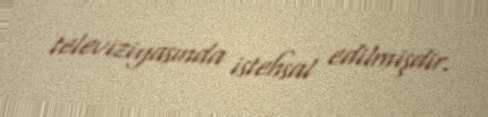
televiziyasında istehsal edilmişdir.